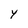
Character: Y